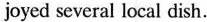
joyed several local dish.